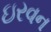
ઇરવન